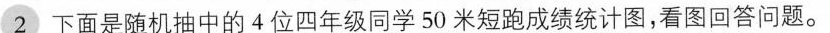
2 下面是随机抽中的4位四年级同学50米短跑成绩统计图，看图回答问题。